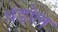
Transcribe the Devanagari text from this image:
पंडोल